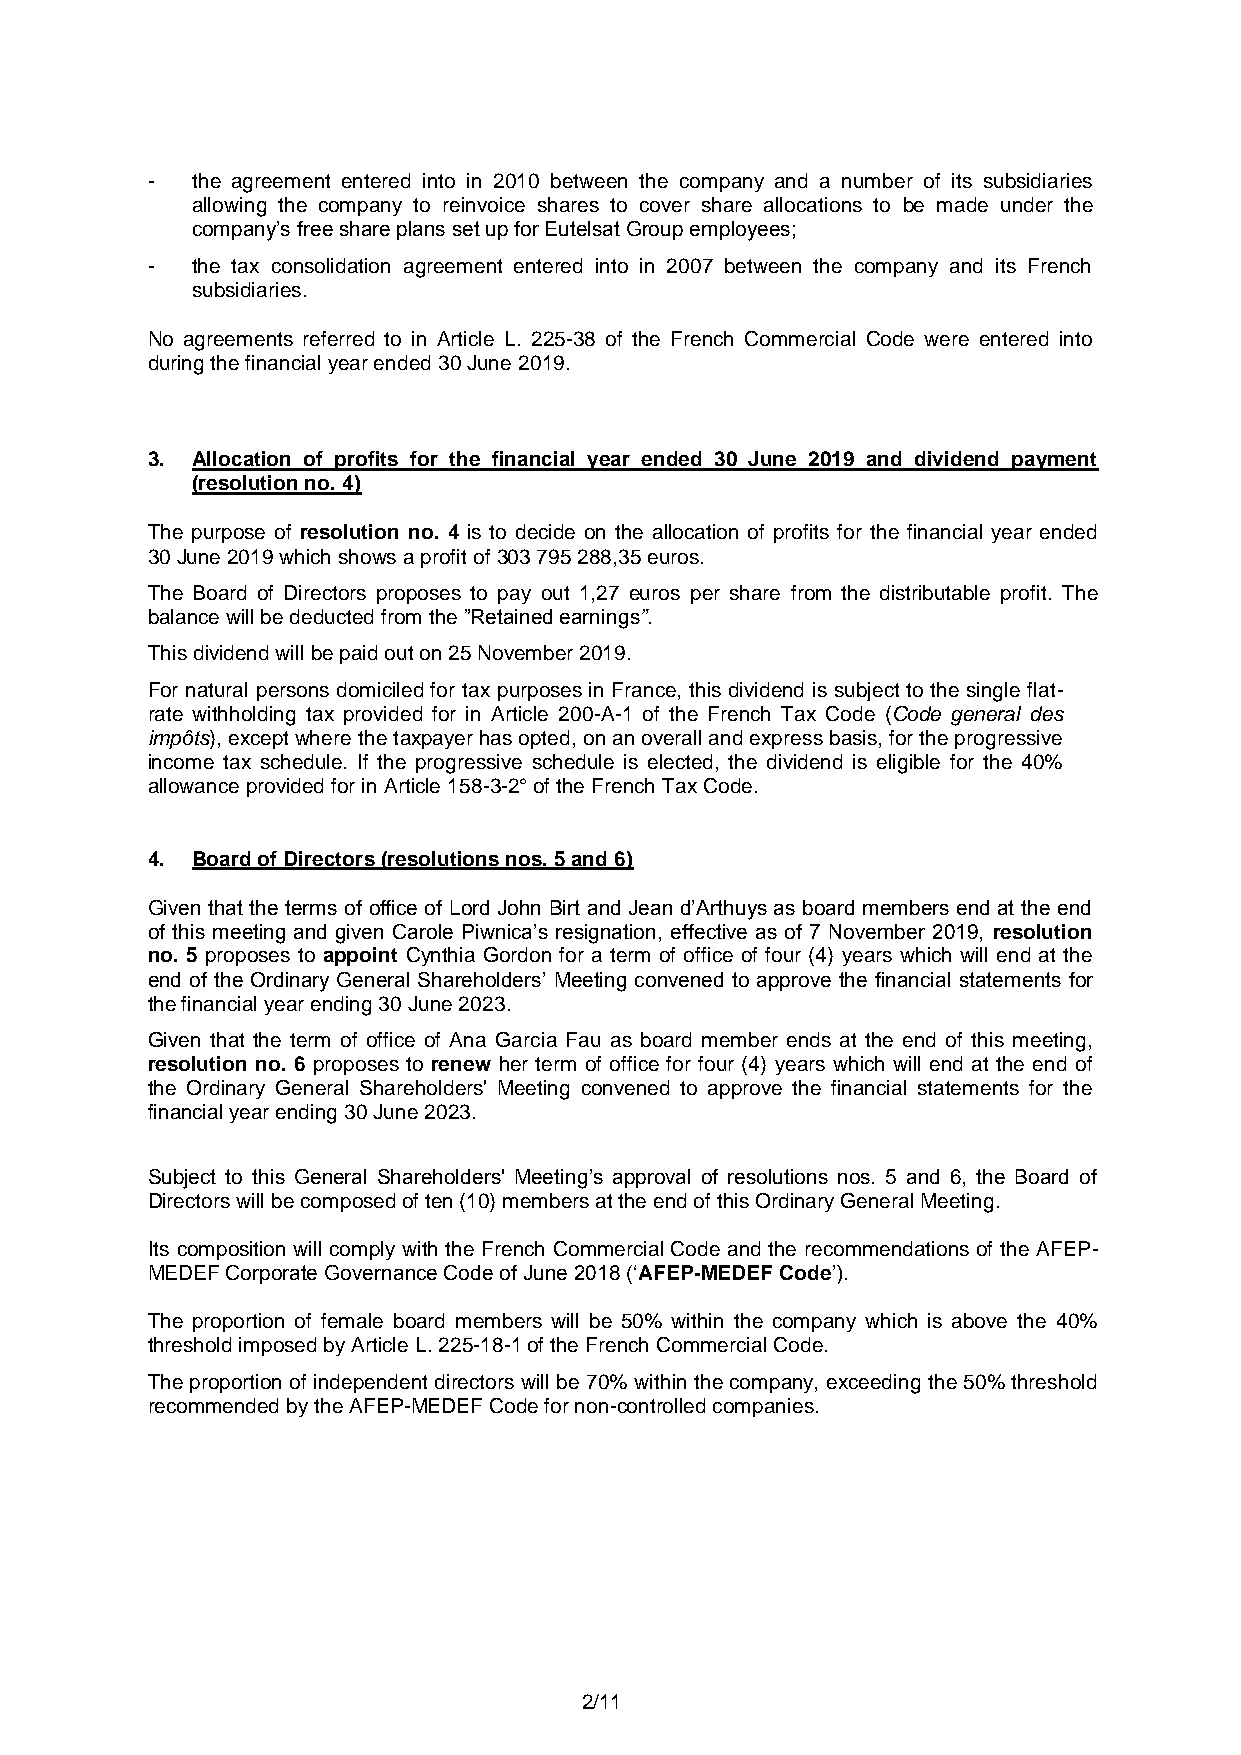
-  the agreement entered into in 2010 between the company and a number of its subsidiaries
 allowing the company to reinvoice shares to cover share allocations to be made under the
 company’s free share plans set up for Eutelsat Group employees;
 -  the tax consolidation agreement entered into in 2007 between the company and its French
 subsidiaries.
 No agreements referred to in Article L. 225-38 of the French Commercial Code were entered into
 during the financial year ended 30 June 2019.
 3. Allocation of profits for the financial year ended 30 June 2019 and dividend payment
 (resolution no. 4)
 The purpose of resolution no. 4 is to decide on the allocation of profits for the financial year ended
 30 June 2019 which shows a profit of 303 795 288,35 euros.
 The Board of Directors proposes to pay out 1,27 euros per share from the distributable profit. The
 balance will be deducted from the ”Retained earnings”.
 This dividend will be paid out on 25 November 2019.
 For natural persons domiciled for tax purposes in France, this dividend is subject to the single flat-
 rate withholding tax provided for in Article 200-A-1 of the French Tax Code (Code general des
 impôts), except where the taxpayer has opted, on an overall and express basis, for the progressive
 income tax schedule. If the progressive schedule is elected, the dividend is eligible for the 40%
 allowance provided for in Article 158-3-2° of the French Tax Code.
 4. Board of Directors (resolutions nos. 5 and 6)
 Given that the terms of office of Lord John Birt and Jean d’Arthuys as board members end at the end
 of this meeting and given Carole Piwnica’s resignation, effective as of 7 November 2019, resolution
 no. 5 proposes to appoint Cynthia Gordon for a term of office of four (4) years which will end at the
 end of the Ordinary General Shareholders’ Meeting convened to approve the financial statements for
 the financial year ending 30 June 2023.
 Given that the term of office of Ana Garcia Fau as board member ends at the end of this meeting,
 resolution no. 6 proposes to renew her term of office for four (4) years which will end at the end of
 the Ordinary General Shareholders' Meeting convened to approve the financial statements for the
 financial year ending 30 June 2023.
 Subject to this General Shareholders' Meeting’s approval of resolutions nos. 5 and 6, the Board of
 Directors will be composed of ten (10) members at the end of this Ordinary General Meeting.
 Its composition will comply with the French Commercial Code and the recommendations of the AFEP-
 MEDEF Corporate Governance Code of June 2018 (‘AFEP-MEDEF Code’).
 The proportion of female board members will be 50% within the company which is above the 40%
 threshold imposed by Article L. 225-18-1 of the French Commercial Code.
 The proportion of independent directors will be 70% within the company, exceeding the 50% threshold
 recommended by the AFEP-MEDEF Code for non-controlled companies.
 2/11